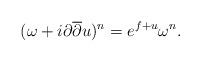
LaTeX: \begin{align*} (\omega + i \partial \overline{\partial} u )^n = e^{ f + u} \omega^n .\end{align*}